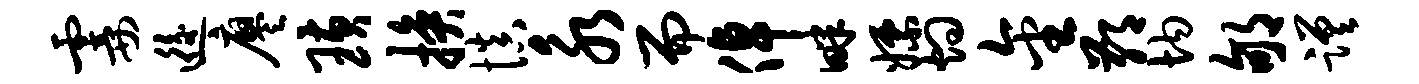
霎逅廖璜换慎永而倬畔嫖灼金鄙均郇蹉